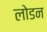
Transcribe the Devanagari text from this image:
लोडन